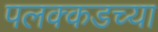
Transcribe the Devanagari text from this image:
पलक्कडच्या